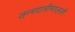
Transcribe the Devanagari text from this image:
जन्मदात्रीमाऊली